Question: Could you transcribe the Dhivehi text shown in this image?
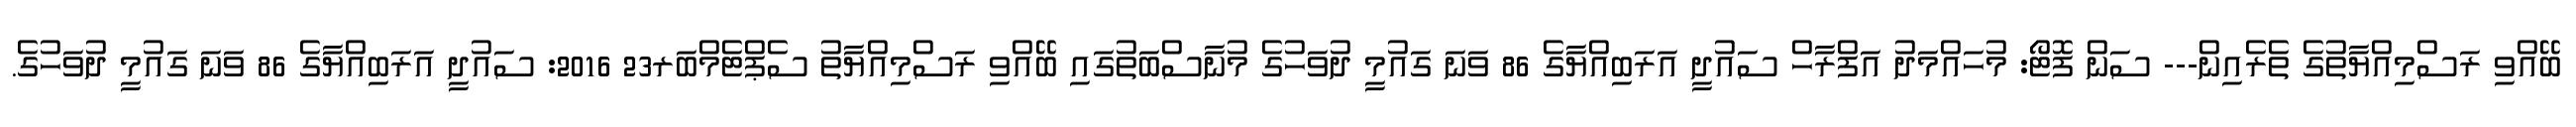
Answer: ބޭއްވި ރަސްމިއްޔާތުގެ ތެރެއިން--- ސަން ފޮޓޯ: މުހައްމަދު އަފްރާހް ސައުދީ އަރަބިއްޔާގެ 86 ވަނަ ގައުމީ ދުވަހުގެ މުނާސްބަތުގައި ބޭއްވި ރަސްމިއްޔާތު ސެޕްޓެމްބަރ23 2016: ސައުދީ އަރަބިއްޔާގެ 86 ވަނަ ގައުމީ ދުވަހުގެ.